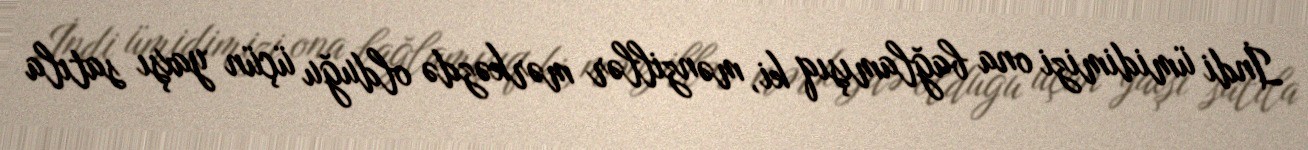
İndi ümidimizi ona bağlamışıq ki, mənzillər mərkəzdə olduğu üçün yaxşı satıla